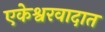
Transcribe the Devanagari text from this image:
एकेश्वरवादात